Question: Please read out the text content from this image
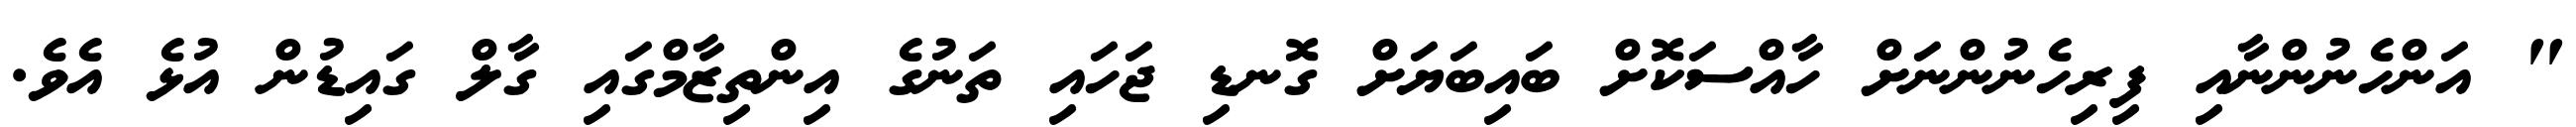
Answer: " އަންހެނުންނާއި ފިރިހެނުންނަށް ހާއްސަކޮށް ބައިބަޔަށް ގޮނޑި ޖަހައި ތަނުގެ އިންތިޒާމްގައި ގާލް ގައިޑުން އުޅެ އެވެ.